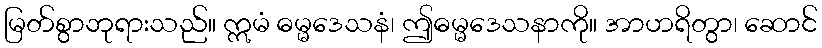
မြတ်စွာဘုရားသည်။ ဣမံ ဓမ္မဒေသနံ၊ ဤဓမ္မဒေသနာကို။ အာဟရိတွာ၊ ဆောင်